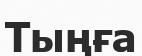
Тыңға